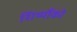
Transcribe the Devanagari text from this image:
शिष्यौंको